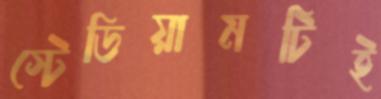
স্টেডিয়ামটিই